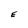
Character: E